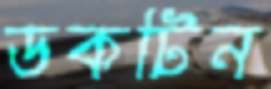
ডকটিন